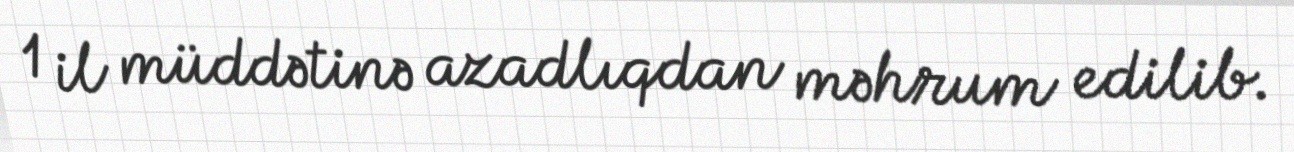
1 il müddətinə azadlıqdan məhrum edilib.